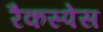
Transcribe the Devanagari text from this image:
रैकस्पेस